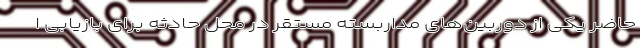
حاضر یکی از دوربین‌های مداربسته مستقر در محل حادثه برای بازیابی ا